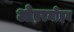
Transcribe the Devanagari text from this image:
ओएरमोइन